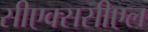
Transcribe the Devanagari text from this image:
सीएक्ससीएल